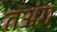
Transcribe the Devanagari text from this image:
तअंग